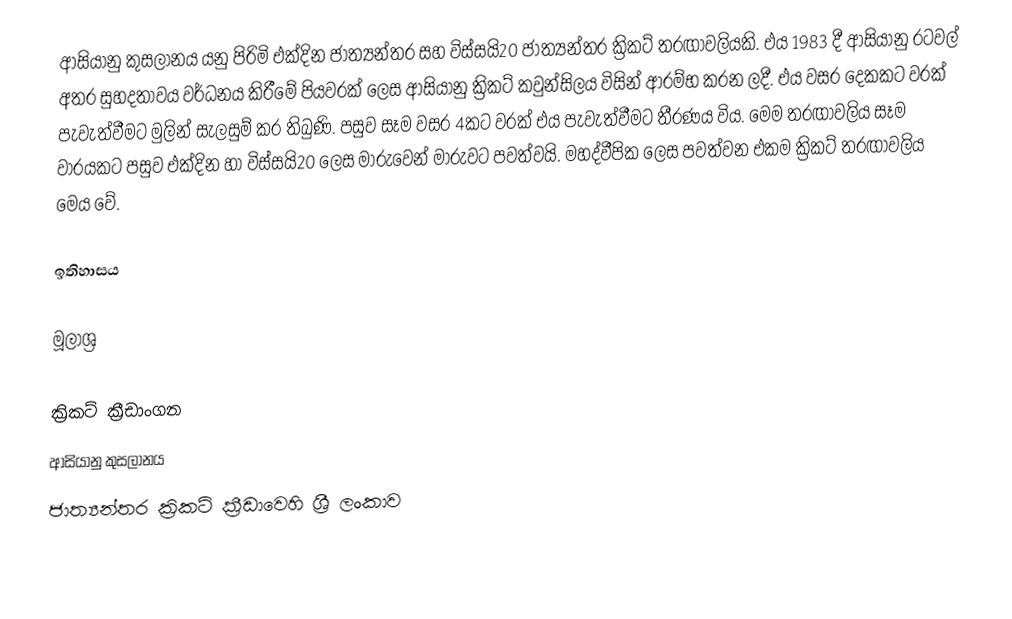
ආසියානු කුසලානය යනු පිරිමි එක්දින ජාත්‍යන්තර සහ විස්සයි20 ජාත්‍යන්තර ක්‍රිකට් තරඟාවලියකි. එය 1983 දී ආසියානු රටවල් අතර සුහදතාවය වර්ධනය කිරීමේ පියවරක් ලෙස ආසියානු ක්‍රිකට් කවුන්සිලය විසින් ආරම්භ කරන ලදී. එය වසර දෙකකට වරක් පැවැත්වීමට මුලින් සැලසුම් කර තිබුණි. පසුව සෑම වසර 4කට වරක් එය පැවැත්වීමට තීරණය විය. මෙම තරඟාවලිය සෑම වාරයකට පසුව එක්දින හා විස්සයි20 ලෙස මාරුවෙන් මාරුවට පවත්වයි. මහද්වීපික ලෙස පවත්වන එකම ක්‍රිකට් තරඟාවලිය මෙය වේ.

ඉතිහාසය

මූලාශ්‍ර

ක්‍රිකට් ක්‍රීඩාංගන
ආසියානු කුසලානය
ජාත්‍යන්තර ක්‍රිකට් ක්‍රීඩාවෙහි ශ්‍රී ලංකාව